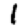
Digit: 1